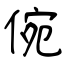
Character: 倇